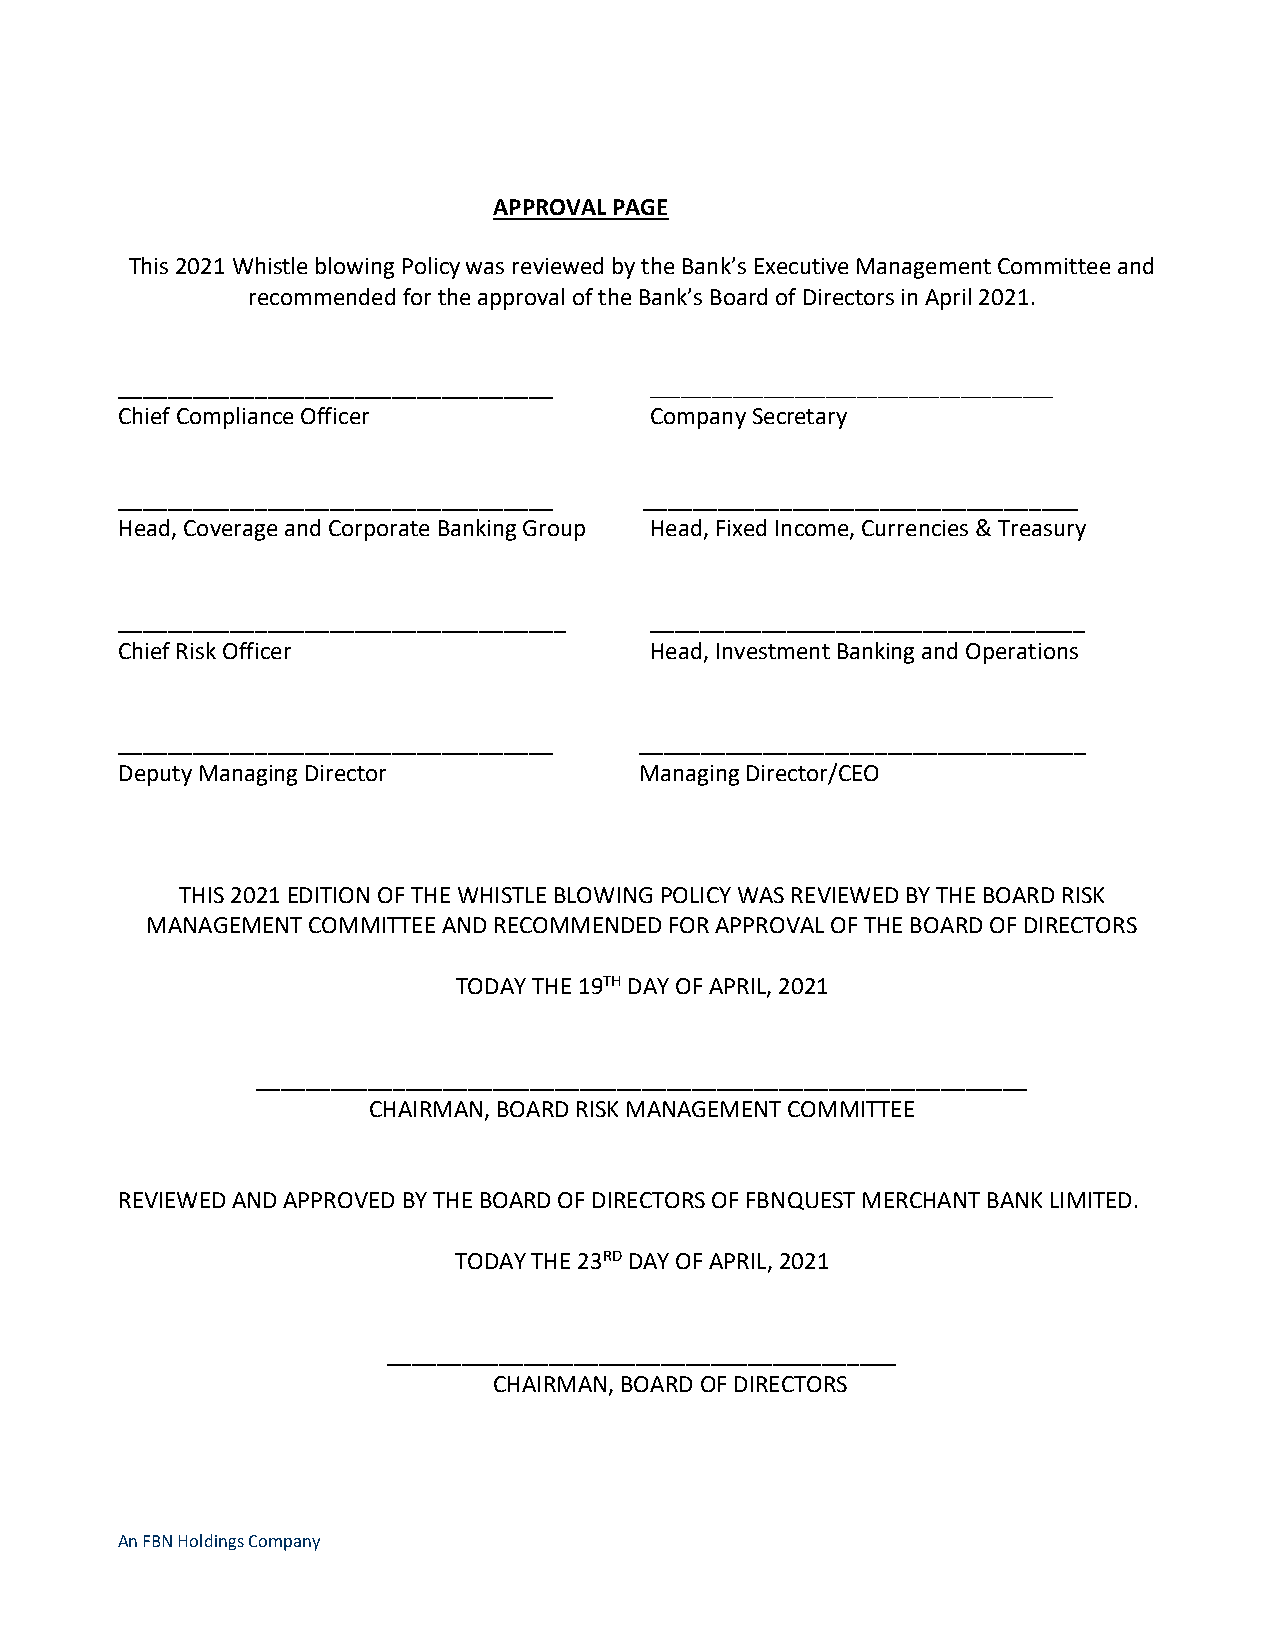
APPROVAL PAGE
 This 2021 Whistle blowing Policy was reviewed by the Bank’s Executive Management Committee and
 recommended for the approval of the Bank’s Board of Directors in April 2021.
 ___________________________________ _______________________________________
 Chief Compliance Officer           Company Secretary
 ___________________________________ ___________________________________
 Head, Coverage and Corporate Banking Group Head, Fixed Income, Currencies & Treasury
 ____________________________________ ___________________________________
 Chief Risk Officer                 Head, Investment Banking and Operations
 ___________________________________ ____________________________________
 Deputy Managing Director          Managing Director/CEO
 THIS 2021 EDITION OF THE WHISTLE BLOWING POLICY WAS REVIEWED BY THE BOARD RISK
 MANAGEMENT COMMITTEE AND RECOMMENDED FOR APPROVAL OF THE BOARD OF DIRECTORS
 TODAY THE 19TH DAY OF APRIL, 2021
 ______________________________________________________________
 CHAIRMAN, BOARD RISK MANAGEMENT COMMITTEE
 REVIEWED AND APPROVED BY THE BOARD OF DIRECTORS OF FBNQUEST MERCHANT BANK LIMITED.
 TODAY THE 23RD DAY OF APRIL, 2021
 _________________________________________
 CHAIRMAN, BOARD OF DIRECTORS
 An FBN Holdings Company